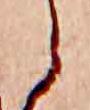
ら